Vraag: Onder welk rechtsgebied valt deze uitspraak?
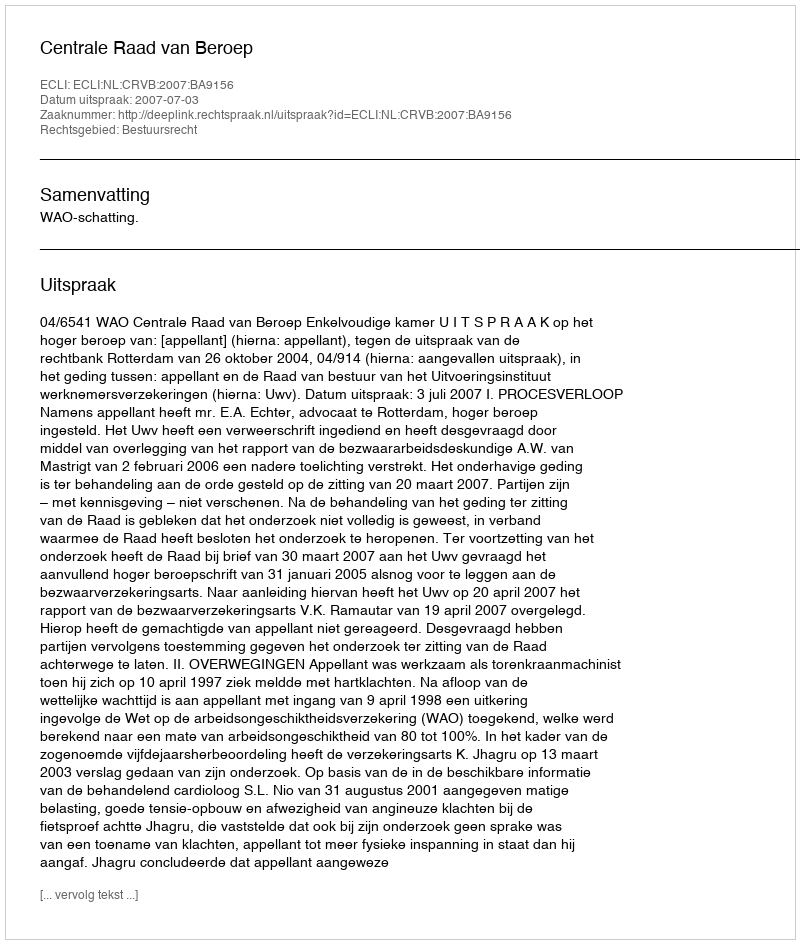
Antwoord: Bestuursrecht